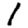
Digit: 1